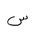
Letter: _sin